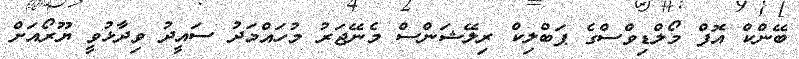
ބޭންކް އޮފް މޯލްޑިވްސްގެ ޕަބްލިކް ރިލޭޝަންސް މެނޭޖަރު މުހައްމަދު ސައީދު ވިދާޅުވީ ޔޫރޯއަށް